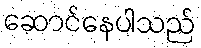
ဆောင်နေပါသည်